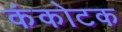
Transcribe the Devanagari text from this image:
कंकोटक